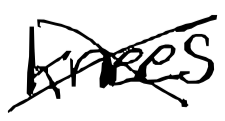
Text: knees
Cross-out: cross
Writing tool: digital_black